Holstre_vallavalitsus, lk 67
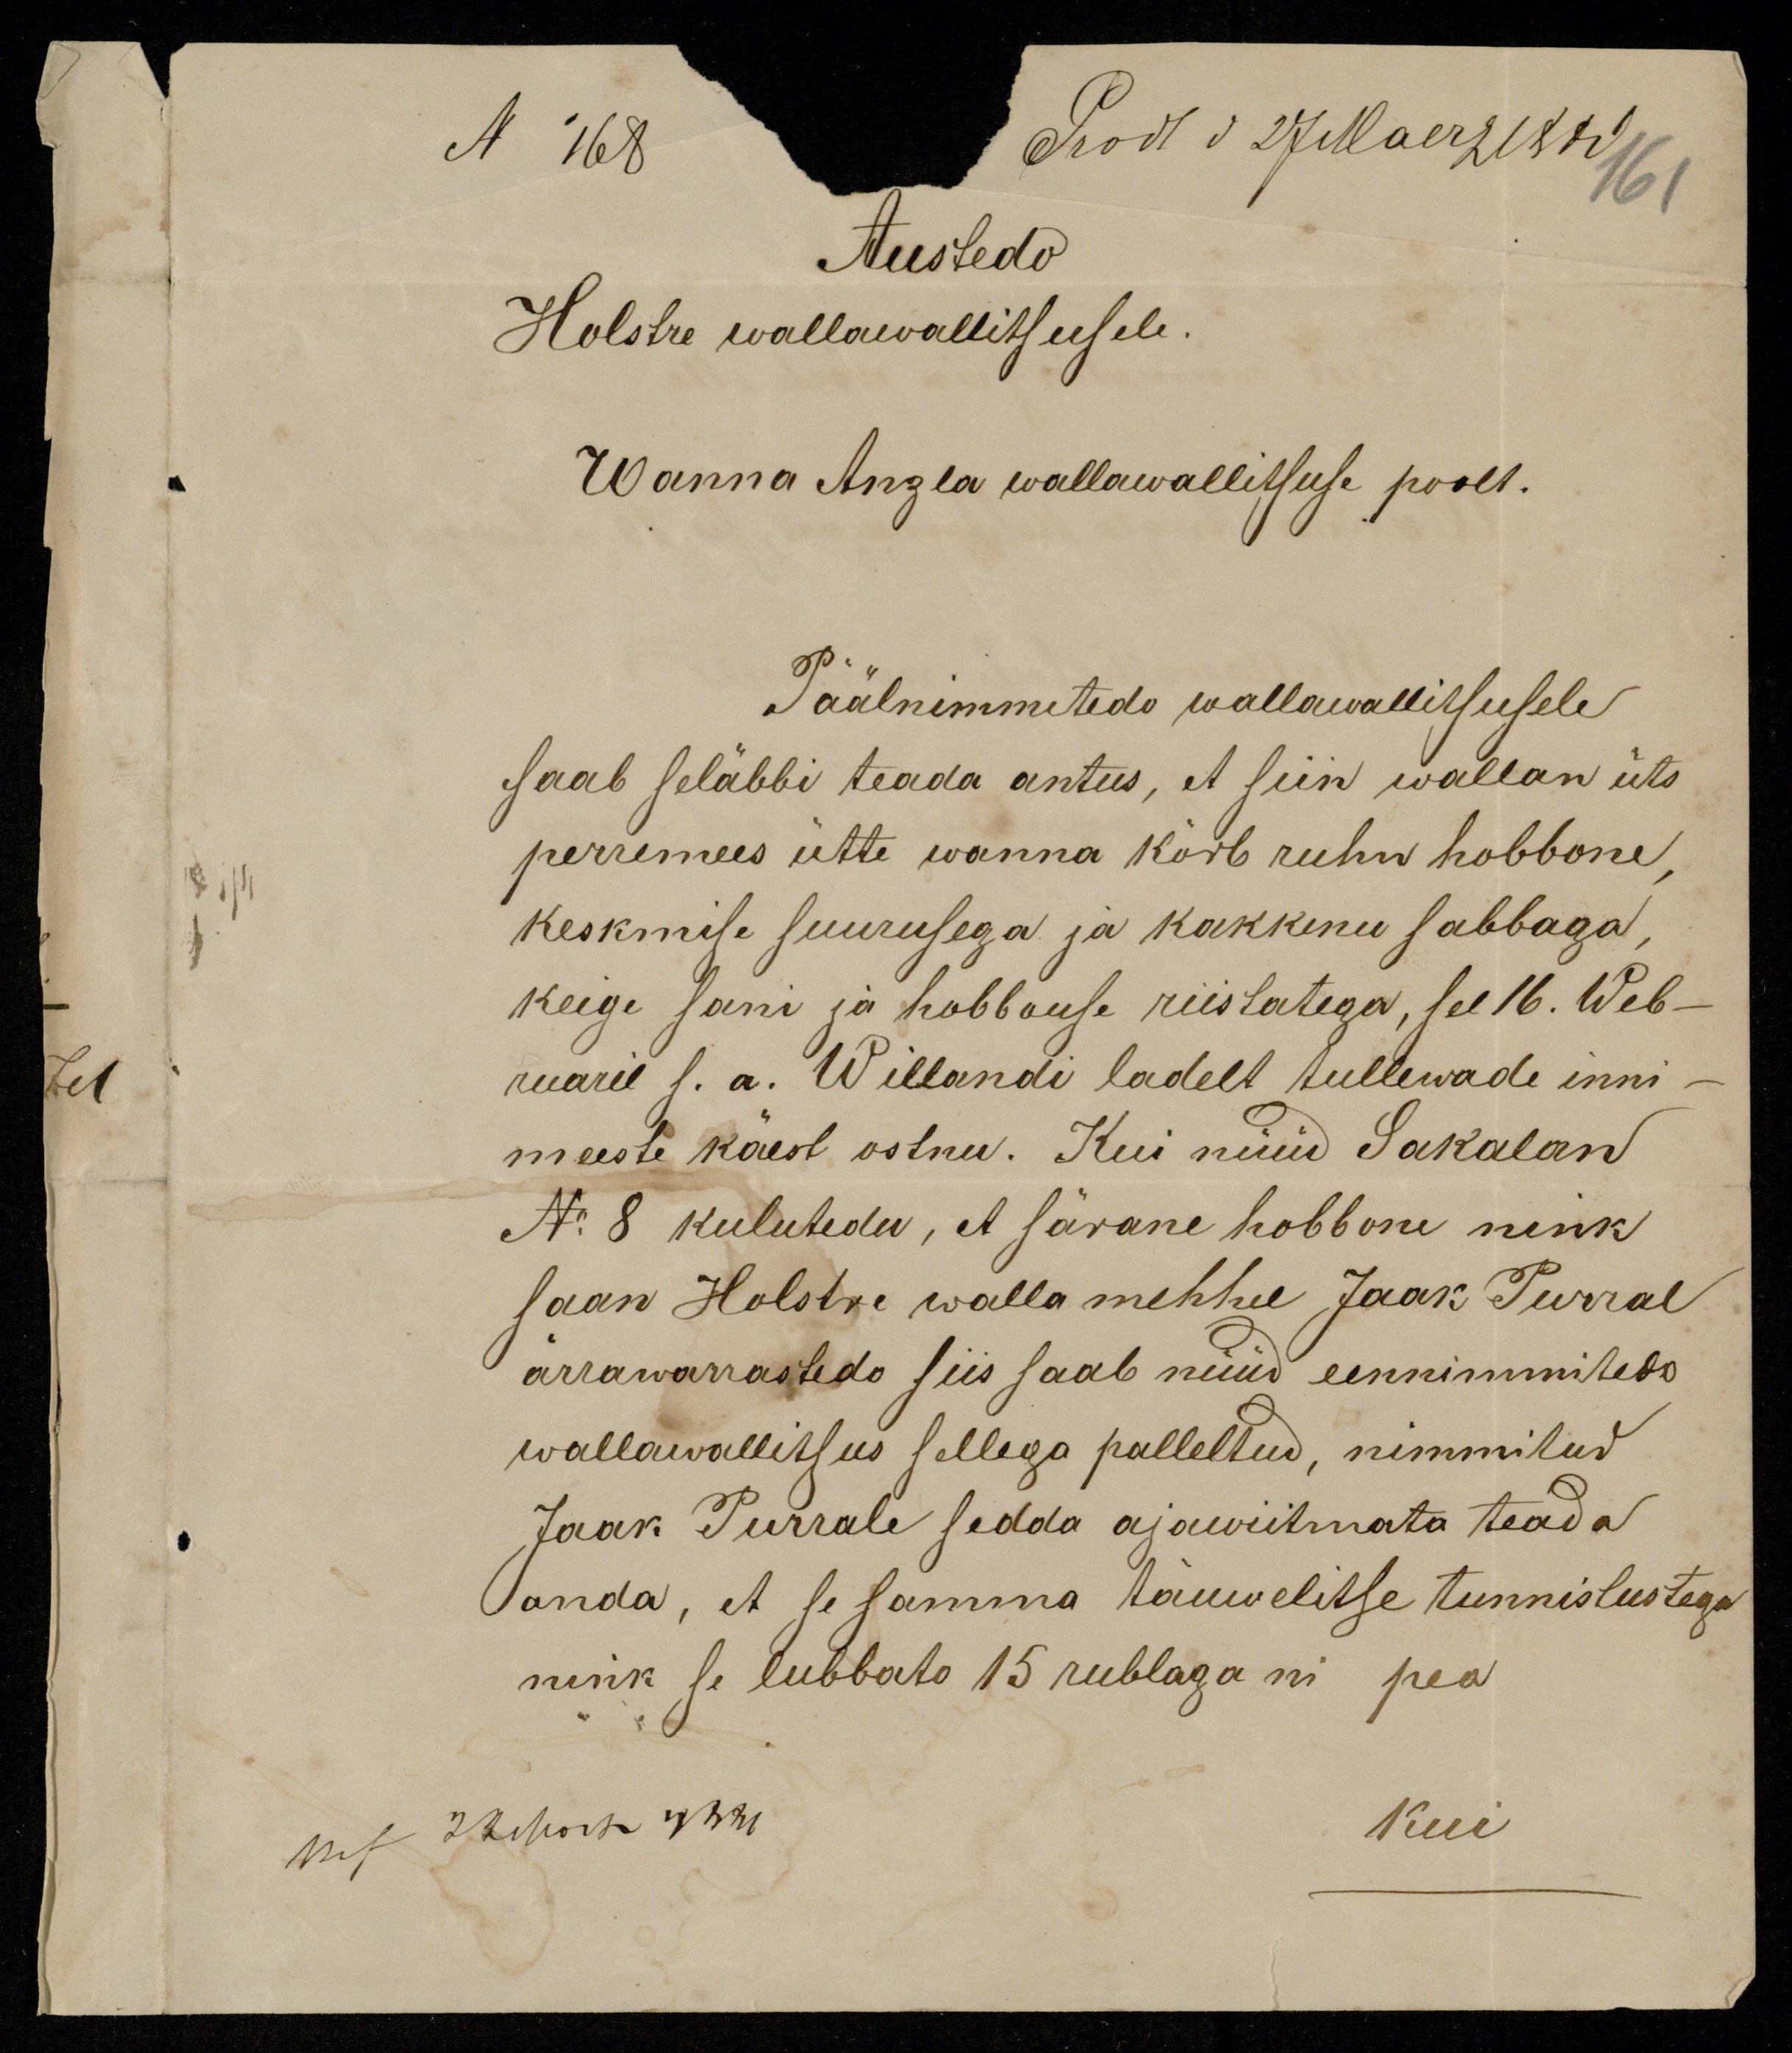
N 168
Prodt d. 27 Maerz 1880
Austedo
Holstre wallawallitsusele.
Wanna Anzla wallawallitsuse poolt.
Päälnimmetedo wallawallitsusele
saab seläbbi teada antus, et siin wallan üts
perremees ütte wanna kõrb ruhn hobbone
keskmise suurusega ja kakkenu sabbaga,
keige sani ja hobbouse riistatega, see 16. Web-
ruaril s. a. Willandi ladelt tullewade inni-
meeste käest ostnu. Kui nüüd Sakalan
No 8 kulutedu, et särane hobbone nink
saan Holstre wallamehhel Jaak Purral
ärrawarrastedo siis saab nüüd eennimmitedo
wallawallitsus sellega palleltud, nimmitud
Jaak Purrale sedda ajawiitmata teada
anda, et se samma täuwelitse tunnistustega
nink se lubbato 15 rublaga ni pea
nis JMoose 1921
kui